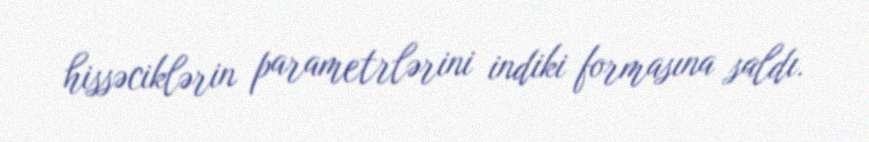
hissəciklərin parametrlərini indiki formasına saldı.